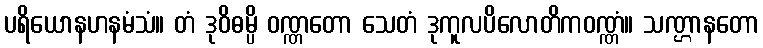
ပရိယောနဟနမံသံ။ တံ ဒုဝိဓမ္ပိ ဝဏ္ဏတော သေတံ ဒုကူလပိလောတိကဝဏ္ဏံ။ သဏ္ဌာနတော